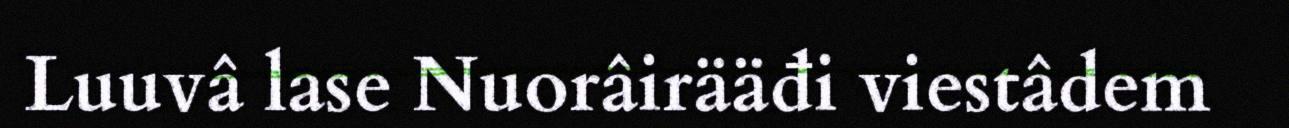
Luuvâ lase Nuorâirääđi viestâdem